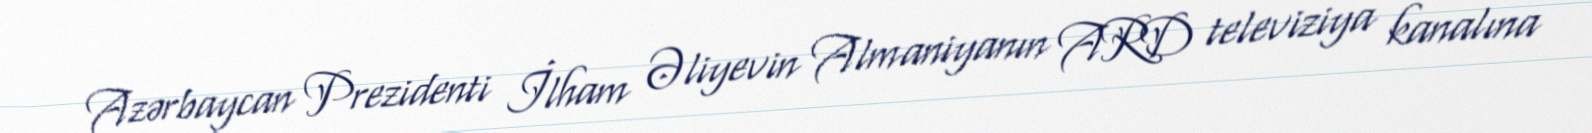
Azərbaycan Prezidenti İlham Əliyevin Almaniyanın ARD televiziya kanalına